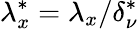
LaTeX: {\lambda}_{x}^{*}={\lambda}_{x}/\delta_{\nu}^{*}